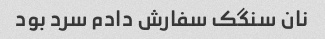
نان سنگک سفارش دادم سرد بود